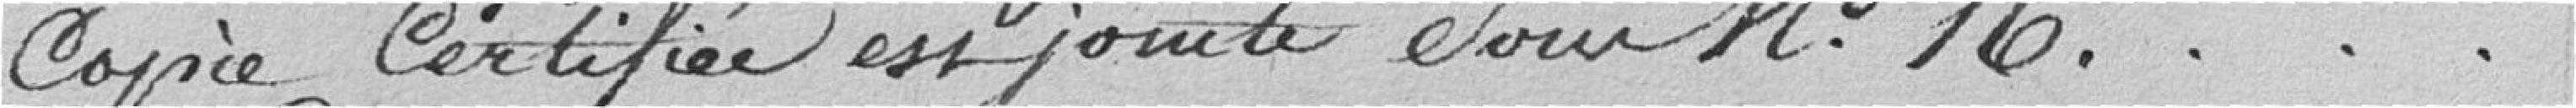
copie certifiée est jointe sous N°16